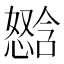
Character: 𫻈